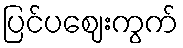
ပြင်ပဈေးကွက်